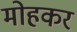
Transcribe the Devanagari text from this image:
मोहकर